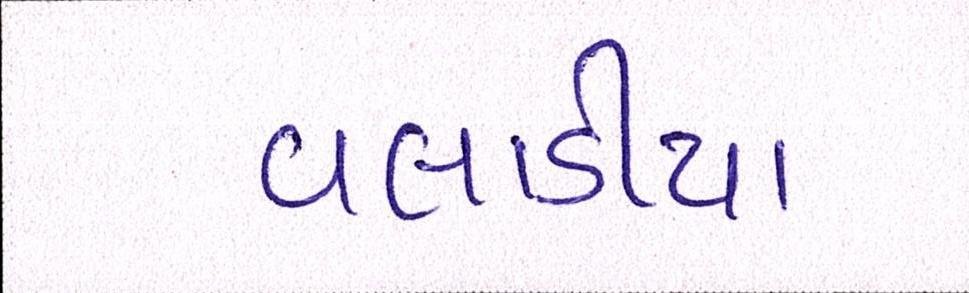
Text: વલાડીયા